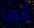
انها